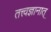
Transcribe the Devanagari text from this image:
तत्त्वज्ञानात्